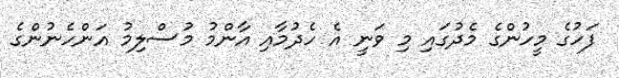
ފަހުގެ މީހުންގެ މެދުގައި މި ވަނީ އެ ހެދުމާއި އާންމު މުސްލިމު އަންހެނުންގެ